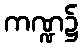
ကဏ္ဍ၌